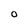
Character: o